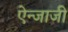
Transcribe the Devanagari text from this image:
ऐन्जाजी